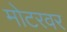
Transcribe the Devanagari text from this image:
मोटरवर